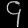
Digit: ၄